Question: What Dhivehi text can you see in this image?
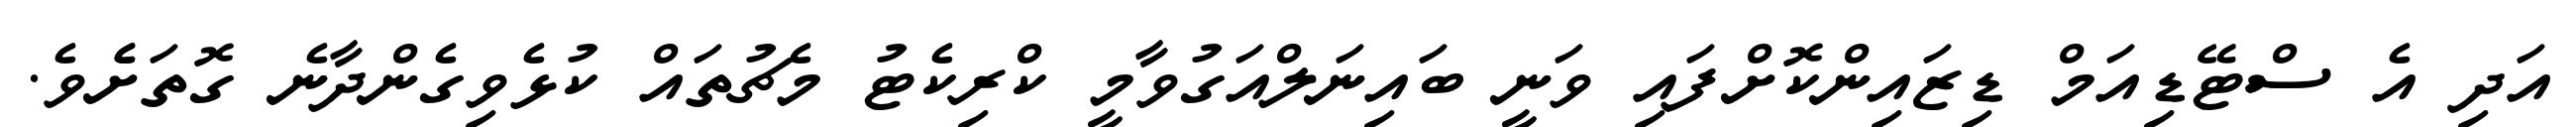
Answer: އަދި އެ ސްޓޭޑިއަމް ޑިޒައިންކޮށްފައި ވަނީ ބައިނަލްއަގުވާމީ ކްރިކެޓު މެޗުތައް ކުޅެވިގެންދާނެ ގޮތަށެެވެ.